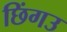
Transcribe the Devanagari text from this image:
छिंगउ